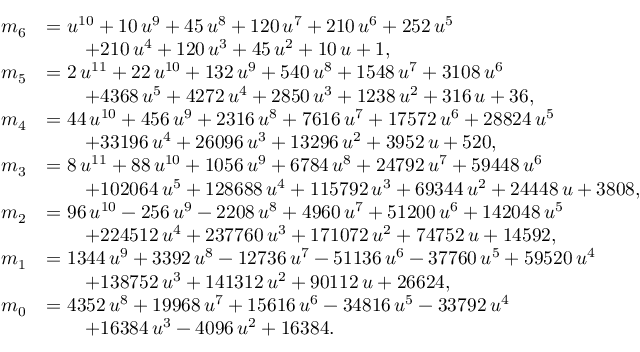
\begin{array} { r l } { m _ { 6 } } & { = { u } ^ { 1 0 } + 1 0 \, { u } ^ { 9 } + 4 5 \, { u } ^ { 8 } + 1 2 0 \, { u } ^ { 7 } + 2 1 0 \, { u } ^ { 6 } + 2 5 2 \, { u } ^ { 5 } } \\ & { \qquad + 2 1 0 \, { u } ^ { 4 } + 1 2 0 \, { u } ^ { 3 } + 4 5 \, { u } ^ { 2 } + 1 0 \, u + 1 , } \\ { m _ { 5 } } & { = 2 \, { u } ^ { 1 1 } + 2 2 \, { u } ^ { 1 0 } + 1 3 2 \, { u } ^ { 9 } + 5 4 0 \, { u } ^ { 8 } + 1 5 4 8 \, { u } ^ { 7 } + 3 1 0 8 \, { u } ^ { 6 } } \\ & { \qquad + 4 3 6 8 \, { u } ^ { 5 } + 4 2 7 2 \, { u } ^ { 4 } + 2 8 5 0 \, { u } ^ { 3 } + 1 2 3 8 \, { u } ^ { 2 } + 3 1 6 \, u + 3 6 , } \\ { m _ { 4 } } & { = 4 4 \, { u } ^ { 1 0 } + 4 5 6 \, { u } ^ { 9 } + 2 3 1 6 \, { u } ^ { 8 } + 7 6 1 6 \, { u } ^ { 7 } + 1 7 5 7 2 \, { u } ^ { 6 } + 2 8 8 2 4 \, { u } ^ { 5 } } \\ & { \qquad + 3 3 1 9 6 \, { u } ^ { 4 } + 2 6 0 9 6 \, { u } ^ { 3 } + 1 3 2 9 6 \, { u } ^ { 2 } + 3 9 5 2 \, u + 5 2 0 , } \\ { m _ { 3 } } & { = 8 \, { u } ^ { 1 1 } + 8 8 \, { u } ^ { 1 0 } + 1 0 5 6 \, { u } ^ { 9 } + 6 7 8 4 \, { u } ^ { 8 } + 2 4 7 9 2 \, { u } ^ { 7 } + 5 9 4 4 8 \, { u } ^ { 6 } } \\ & { \qquad + 1 0 2 0 6 4 \, { u } ^ { 5 } + 1 2 8 6 8 8 \, { u } ^ { 4 } + 1 1 5 7 9 2 \, { u } ^ { 3 } + 6 9 3 4 4 \, { u } ^ { 2 } + 2 4 4 4 8 \, u + 3 8 0 8 , } \\ { m _ { 2 } } & { = 9 6 \, { u } ^ { 1 0 } - 2 5 6 \, { u } ^ { 9 } - 2 2 0 8 \, { u } ^ { 8 } + 4 9 6 0 \, { u } ^ { 7 } + 5 1 2 0 0 \, { u } ^ { 6 } + 1 4 2 0 4 8 \, { u } ^ { 5 } } \\ & { \qquad + 2 2 4 5 1 2 \, { u } ^ { 4 } + 2 3 7 7 6 0 \, { u } ^ { 3 } + 1 7 1 0 7 2 \, { u } ^ { 2 } + 7 4 7 5 2 \, u + 1 4 5 9 2 , } \\ { m _ { 1 } } & { = 1 3 4 4 \, { u } ^ { 9 } + 3 3 9 2 \, { u } ^ { 8 } - 1 2 7 3 6 \, { u } ^ { 7 } - 5 1 1 3 6 \, { u } ^ { 6 } - 3 7 7 6 0 \, { u } ^ { 5 } + 5 9 5 2 0 \, { u } ^ { 4 } } \\ & { \qquad + 1 3 8 7 5 2 \, { u } ^ { 3 } + 1 4 1 3 1 2 \, { u } ^ { 2 } + 9 0 1 1 2 \, u + 2 6 6 2 4 , } \\ { m _ { 0 } } & { = 4 3 5 2 \, { u } ^ { 8 } + 1 9 9 6 8 \, { u } ^ { 7 } + 1 5 6 1 6 \, { u } ^ { 6 } - 3 4 8 1 6 \, { u } ^ { 5 } - 3 3 7 9 2 \, { u } ^ { 4 } } \\ & { \qquad + 1 6 3 8 4 \, { u } ^ { 3 } - 4 0 9 6 \, { u } ^ { 2 } + 1 6 3 8 4 . } \end{array}